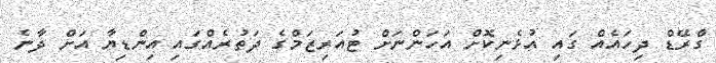
ގްރޭޑް ދިހައެއް ގައި އުޅެނިކޮށް އަހަންނަށް ޓުއަރިޒަމްގެ ދަތުރެއްގައި އިންޑިޔާ އަށް ދާނެ